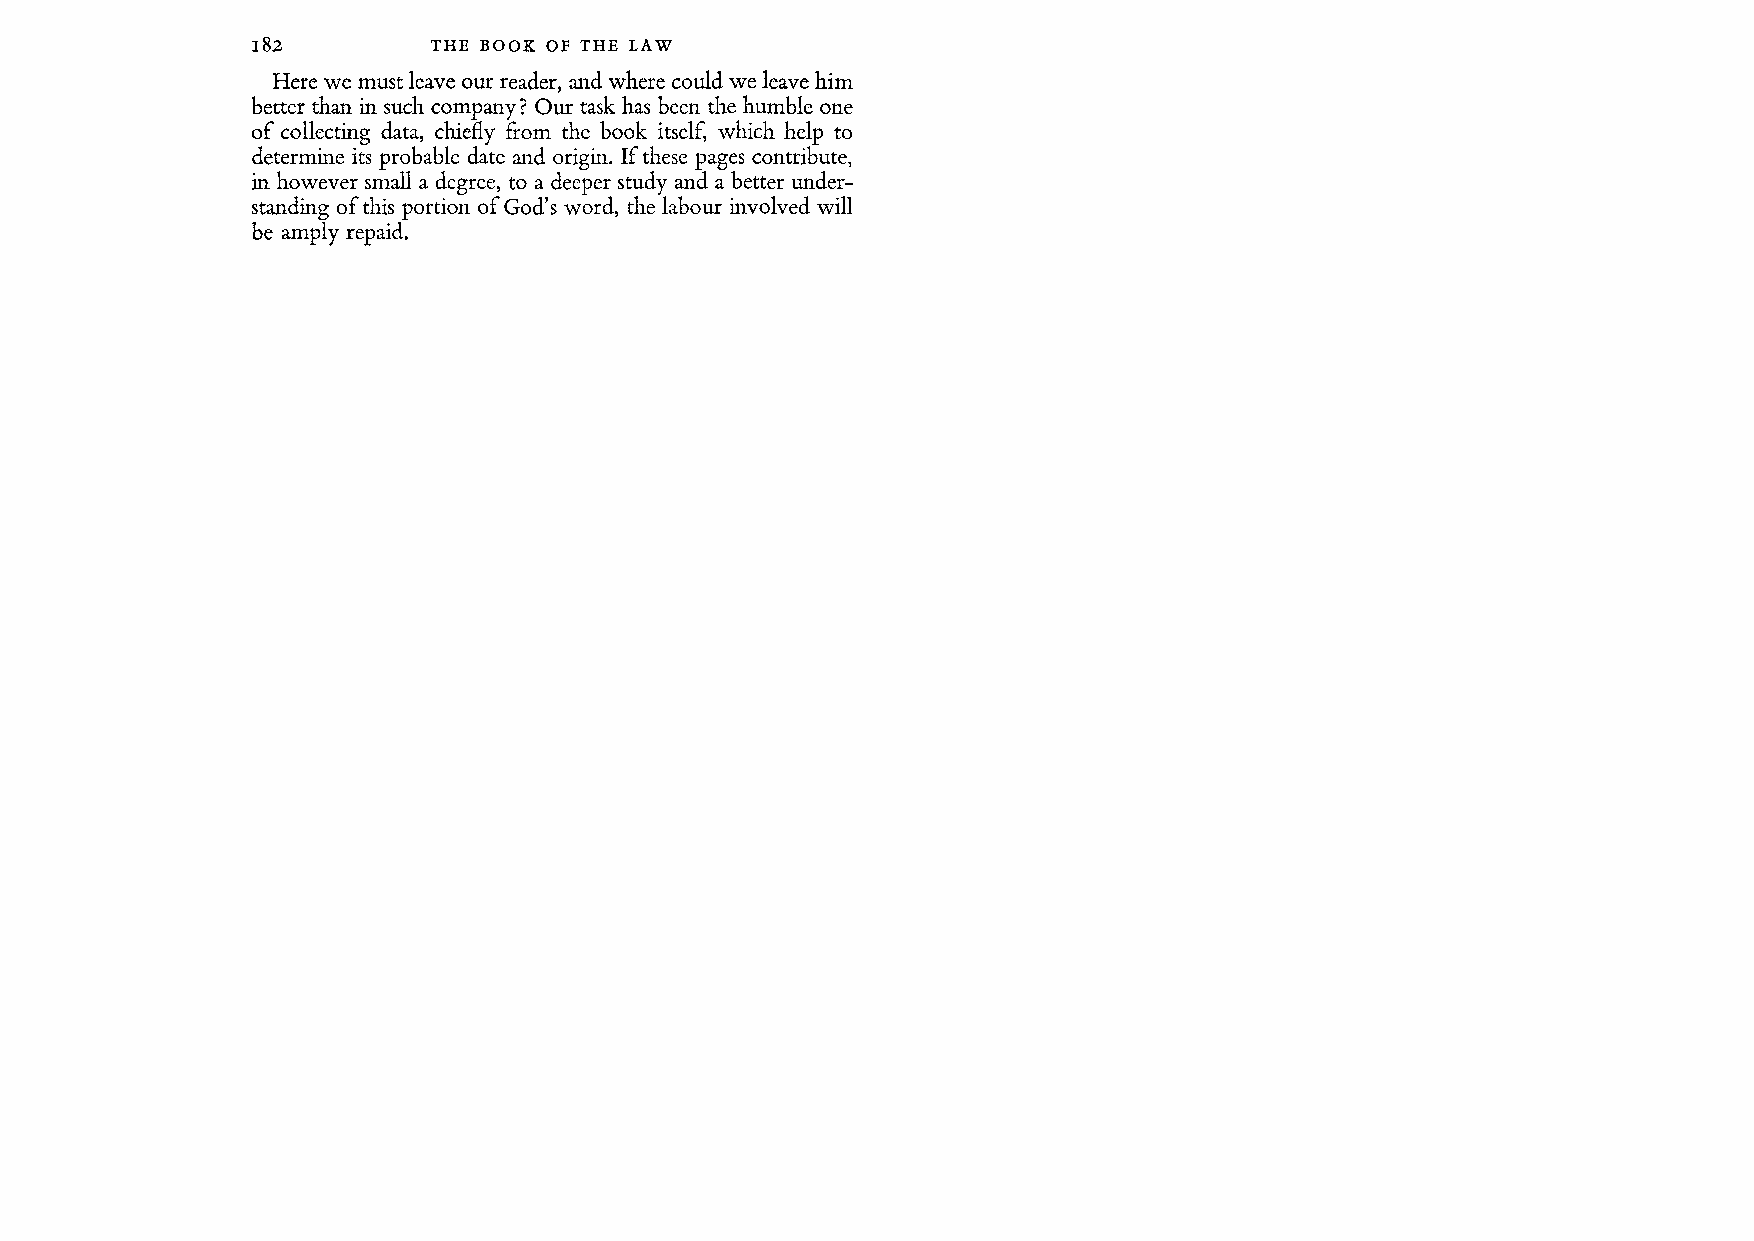
THE BOOK OF THE LAW
 Here we must leave our reader, and where could we leave him
 better than in such company? Our task has been the humble one
 of collecting data, chiefly from the book itself, which help to
 determine its probable date and origin. If these pages contribute,
 in however small a degree, to a deeper study and a better under
 standing of this portion of God's word, the labour involved will
 be amply repaid.